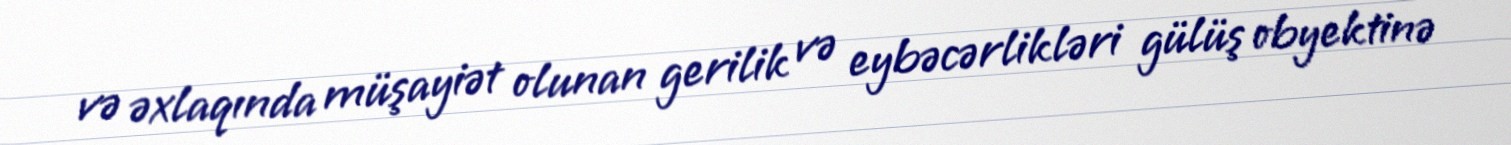
və əxlaqında müşayiət olunan gerilik və eybəcərlikləri gülüş obyektinə